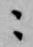
ニ